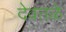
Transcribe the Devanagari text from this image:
देवतळे